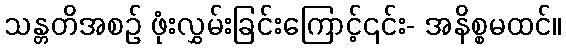
သန္တတိအစဉ် ဖုံးလွှမ်းခြင်းကြောင့်၎င်း- အနိစ္စမထင်။